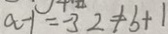
a - 1 = - 3 2 \neq b + 1